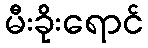
မီးခိုးရောင်